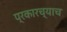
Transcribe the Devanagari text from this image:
प्रकारच्याच